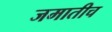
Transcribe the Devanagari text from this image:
जमातीच